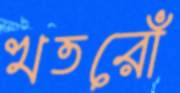
খতরোঁ